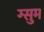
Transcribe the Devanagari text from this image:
ग्सुम